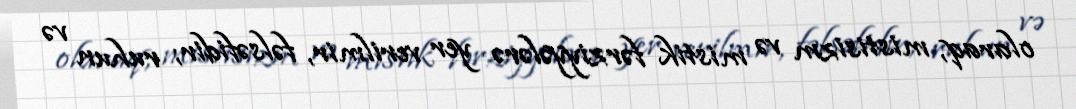
olaraq, mistisizm və mistik fərziyyələrə yer verilmir, fəlsəfidir; ruhun və